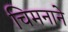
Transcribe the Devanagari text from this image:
चिमनाने